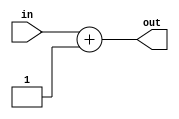
module INC8 #(parameter SIZE = 8) (input [SIZE-1:0] in, output [SIZE:0] out);
assign out = in + 1;
endmodule